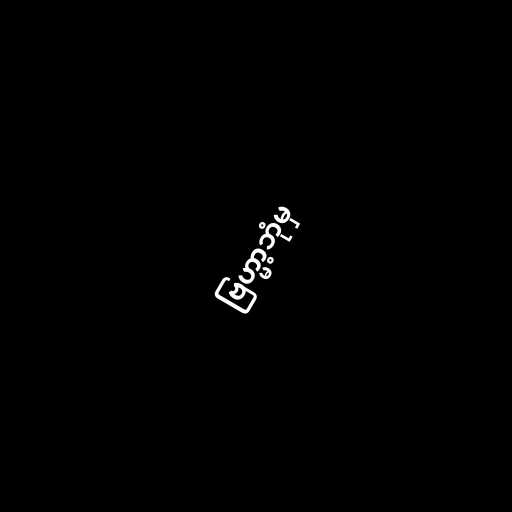
ဗြဟ္မာ့ဘုံမှ